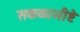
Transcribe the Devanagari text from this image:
सकळाभीष्टे